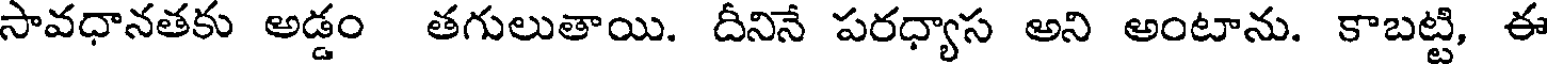
సావధానతకు అడ్డం తగులుతాయి. దీనినే పరధ్యాస అని అంటాను. కాబట్టి, ఈ